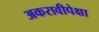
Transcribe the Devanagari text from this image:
अकरावीपेक्षा